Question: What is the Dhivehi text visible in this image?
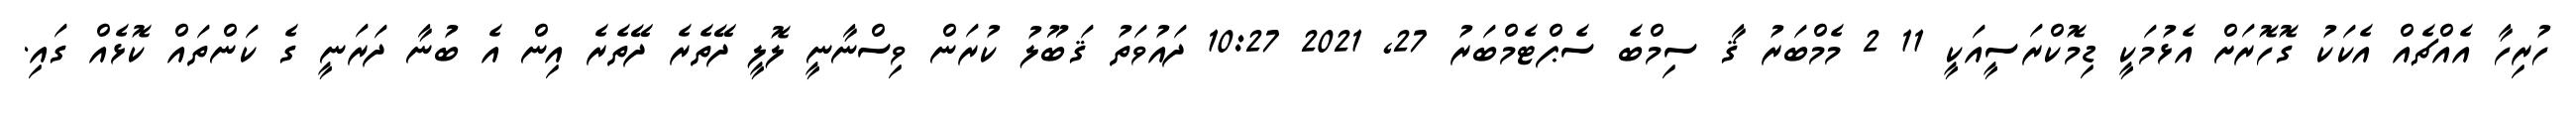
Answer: ހުރިހާ އެއްޗެއް އެކަކު ގޮހޮރަށް އެޅުމަކީ ޑިމޮކްރަސީއަކީ 11 2 މެމްބަރު ޤާ ސިމްބެ ސެޕްޓެމްބަރު 27, 2021 10:27 ދައުވަތު ޤަބޫލު ކުރަން ވިސްނާނީ ލޮލީ ދޭތެރެ ދޭތެރެ އިން އެ ބުނާ ދަރަނީ ގެ ކަންތައް ކޮޅެއް ގައި.